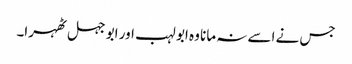
جس نے اسے نہ مانا وہ ابو لہب اور ابو جہل ٹھہرا۔